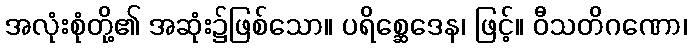
အလုံးစုံတို့၏ အဆုံး၌ဖြစ်သော။ ပရိစ္ဆေဒေန၊ ဖြင့်။ ဝီသတိဂဏော၊